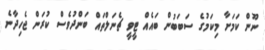
ނޫން ކަމަށާ މިކަމުގެ ސަބަބުން ބައެއް ޓީވީ ޗެނަލްތައް ބަންދުވެސް ކުރަން ޖެހިދާނެ